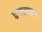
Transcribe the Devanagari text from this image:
कमलाला